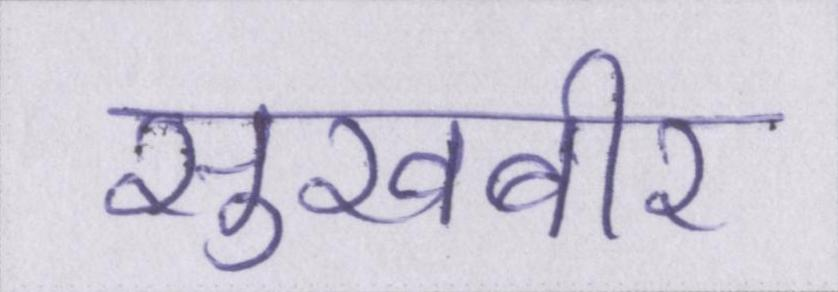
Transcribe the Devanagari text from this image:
सुखबीर